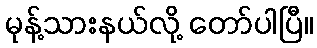
မုန့်သားနယ်လို့ တော်ပါပြီ။